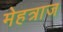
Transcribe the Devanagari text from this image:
मेहत्राज